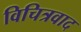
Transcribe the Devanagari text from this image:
विचित्रवाद